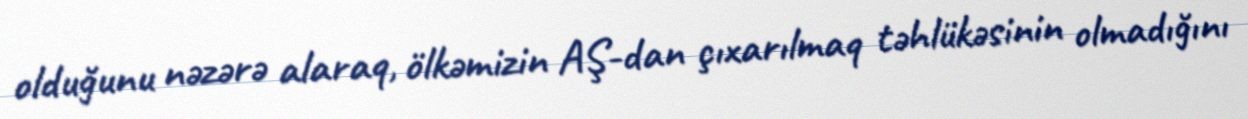
olduğunu nəzərə alaraq, ölkəmizin AŞ-dan çıxarılmaq təhlükəsinin olmadığını